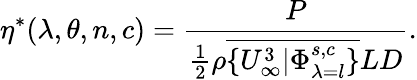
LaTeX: \eta^{*}(\lambda,\theta,n,c)=\frac{P}{\frac{1}{2}\rho\overline{{\{ U_{\infty}^{3}\vert\Phi_{\lambda=l}^{s,c}\} }}LD}.